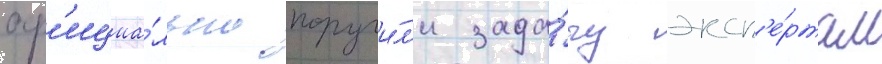
оф'ициа́льно поручи́л'и зада́чу эксп'е́ртам